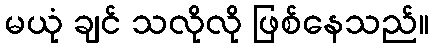
မယုံ ချင် သလိုလို ဖြစ်နေသည်။